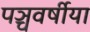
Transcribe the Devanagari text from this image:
पञ्चवर्षीया